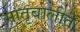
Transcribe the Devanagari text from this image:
मातृबोलीत